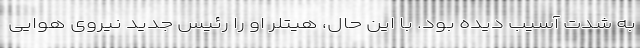
به شدت آسیب دیده بود. با این حال، هیتلر او را رئیس جدید نیروی هوایی